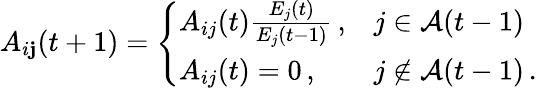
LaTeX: A_{i\mathbf{j}}(t+1)=\left\{ \begin{array}{ll}{A_{ij}(t)\frac{E_{j}(t)}{E_{j}(t-1)}\, ,}&{j\in\mathcal{A}(t-1)}\\ {A_{ij}(t)=0\, ,}&{j\not\in\mathcal{A}(t-1)\, .}\end{array}\right.